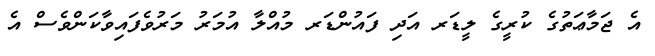
އެ ޖަމާޢަތުގެ ކުރީގެ ލީޑަރ އަދި ފައުންޑަރ މުއްލާ އުމަރު މަރުވެފައިވާކަންވެސް އެ